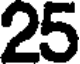
25